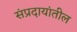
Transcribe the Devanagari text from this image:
संप्रदायांतील